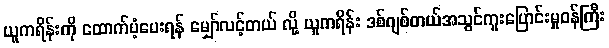
ယူကရိန်းကို ထောက်ပံ့ပေးရန် မျှော်လင့်တယ် လို့ ယူကရိန်း ဒစ်ဂျစ်တယ်အသွင်ကူးပြောင်းမှုဝန်ကြီး